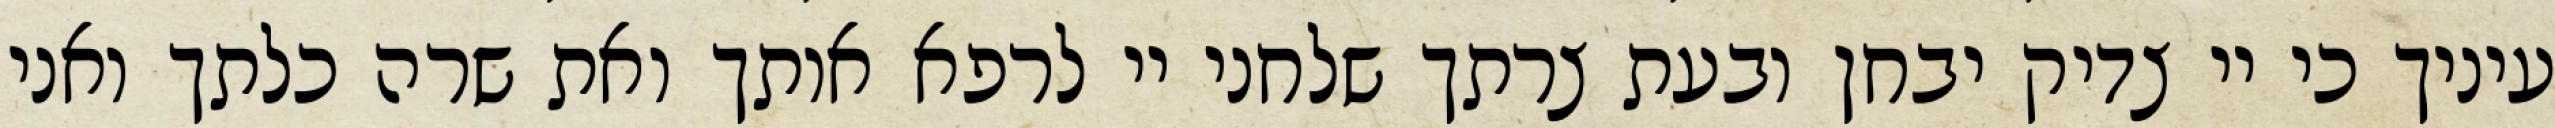
עיניך כי יי צדיק יבחן ובעת צרתך שלחני יי לרפא אותך ואת שרה כלתך ואני